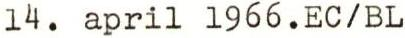
14. april 1966.EC/BL